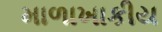
માળાખાકીય